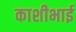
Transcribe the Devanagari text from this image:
काशीभाई